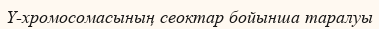
Y-хромосомасының сеоктар бойынша таралуы